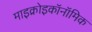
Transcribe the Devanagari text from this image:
माइक्रोइकॉनॉमिक